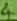
Text: 4